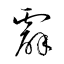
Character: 霹